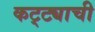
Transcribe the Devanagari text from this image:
कट्ट्याची